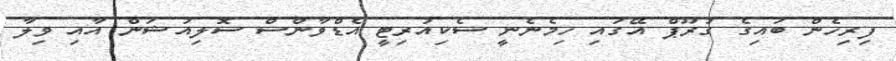
ފިރިހެން ބައިގެ ގުރޫޕް އޭގައި ހިމެނެނީ ސެކިއުރިޓީ އެޑްވާންސް ސޮލިއުޝަން އާއި ވިލާ